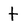
Character: t